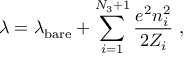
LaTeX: \lambda = \lambda _ { \mathrm { b a r e } } + \sum _ { i = 1 } ^ { N _ { 3 } + 1 } \frac { e ^ { 2 } n _ { i } ^ { 2 } } { 2 Z _ { i } } \ ,